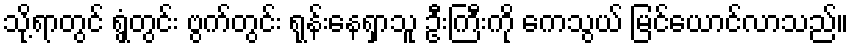
သို့ရာတွင် ရွှံ့တွင်း ဗွက်တွင်း ရုန်းနေရှာသူ ဦးကြီးကို ကေသွယ် မြင်ယောင်လာသည်။